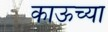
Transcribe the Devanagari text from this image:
काऊच्या